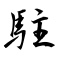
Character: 駐